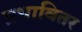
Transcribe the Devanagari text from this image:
प्रभावितर